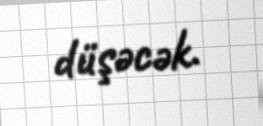
düşəcək.